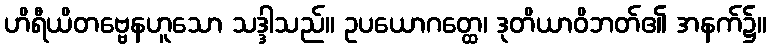
ဟိရီယိတဗ္ဗေနဟူသော သဒ္ဒါသည်။ ဥပယောဂတ္ထေ၊ ဒုတိယာဝိဘတ်၏ အနက်၌။